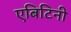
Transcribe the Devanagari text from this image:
एबिटिनी